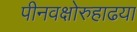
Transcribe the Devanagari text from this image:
पीनवक्षोरुहाढया